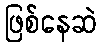
ဖြစ်နေဆဲ